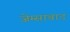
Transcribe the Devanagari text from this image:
जेम्साबाद